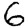
Digit: 6